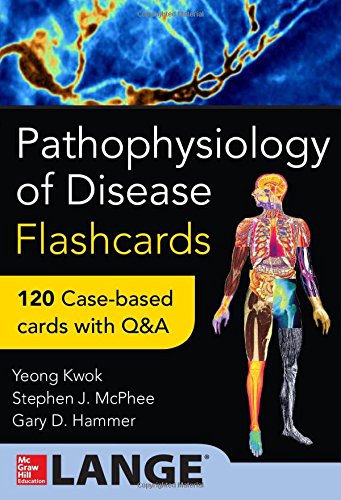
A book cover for Pathophysiology of Disease: An Introduction to Clinical Medicine Flash Cards; Yeong Kwok; Medical Books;